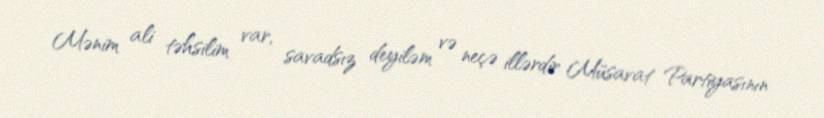
Mənim ali təhsilim var, savadsız deyiləm və neçə illərdir Müsavat Partiyasının